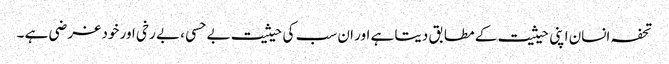
تحفہ انسان اپنی حیثیت کے مطابق دیتا ہے اور ان سب کی حیثیت بے حسی ، بے رخی اور خود غر ضی ہے ۔